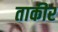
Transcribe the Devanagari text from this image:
ताकीर